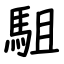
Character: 駔